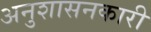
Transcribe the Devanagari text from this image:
अनुशासनकारी